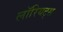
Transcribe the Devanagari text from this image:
लॉरियट्स